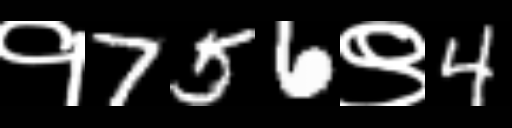
Text: १756९4